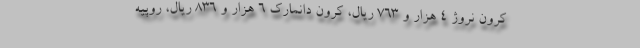
کرون نروژ ۴ هزار و ۷۶۳ ریال، کرون دانمارک ۶ هزار و ۸۳۶ ریال، روپیه